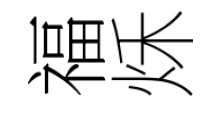
福秌